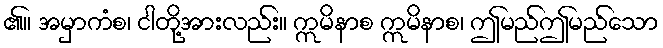
၏။ အမှာကံစ၊ ငါတို့အားလည်း။ ဣမိနာစ ဣမိနာစ၊ ဤမည်ဤမည်သော